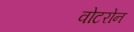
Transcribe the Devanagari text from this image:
वोटरोन